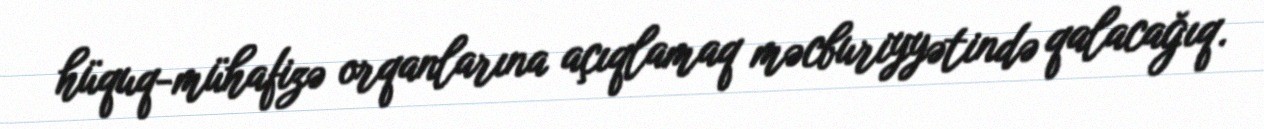
hüquq-mühafizə orqanlarına açıqlamaq məcburiyyətində qalacağıq.